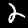
Digit: 2